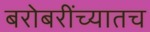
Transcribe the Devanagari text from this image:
बरोबरींच्यातच